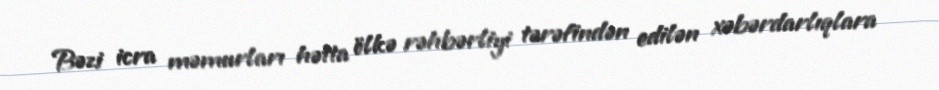
Bəzi icra məmurları hətta ölkə rəhbərliyi tərəfindən edilən xəbərdarlıqlara